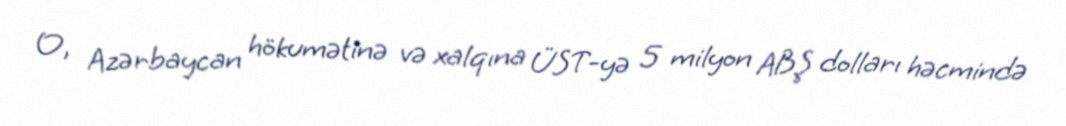
O, Azərbaycan hökumətinə və xalqına ÜST-yə 5 milyon ABŞ dolları həcmində